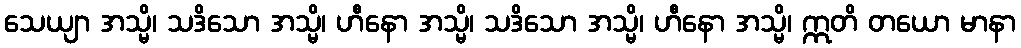
သေယျာ အသ္မိ၊ သဒိသော အသ္မိ၊ ဟီနော အသ္မိ၊ သဒိသော အသ္မိ၊ ဟီနော အသ္မိ၊ ဣတိ တယော မာနာ